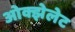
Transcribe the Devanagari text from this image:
ओक्झेलेट